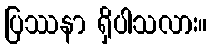
ပြဿနာ ရှိပါသလား။